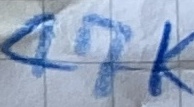
Text: 47K